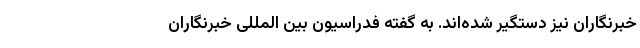
خبرنگاران نیز دستگیر شده‌اند. به گفته فدراسیون بین المللی خبرنگاران